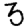
Digit: 3